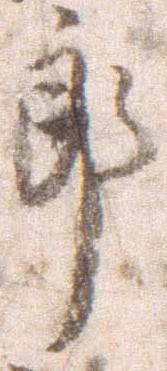
郎